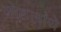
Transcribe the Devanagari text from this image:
मोटलांथे